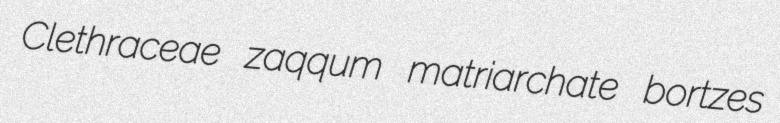
Clethraceae zaqqum matriarchate bortzes